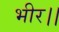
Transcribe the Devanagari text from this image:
भीर।।